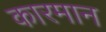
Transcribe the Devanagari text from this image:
कारमान